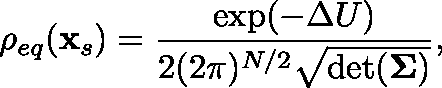
\rho _ { e q } ( \mathbf { x } _ { s } ) = \frac { \exp ( - \Delta U ) } { 2 ( 2 \pi ) ^ { N / 2 } \sqrt { \operatorname* { d e t } ( \mathbf { \Sigma } ) } } ,